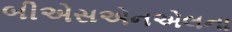
બીએસએનએલના